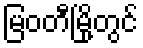
မြဝတီမြို့တွင်